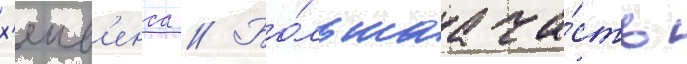
х'еив'енса // Бо́льшаа ча́сть